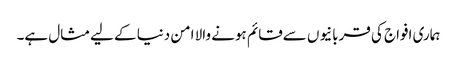
ہماری افواج کی قربانیوں سےقائم ہونے والا امن دنیا کے لیےمثال ہے۔